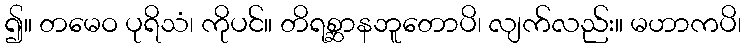
၍။ တမေဝ ပုရိသံ၊ ကိုပင်။ တိရစ္ဆာနဘူတောပိ၊ လျက်လည်း။ မဟာကပိ၊